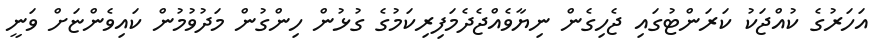
އަހަރުގެ ކުއްޖަކު ކަރަންޓުގައި ޖެހިގެން ނިޔާވެއްޖެދެމަފިރިކަމުގެ ގުޅުން ހިންގުން މަދުވުމުން ކައިވެންޏަށް ވަނީ